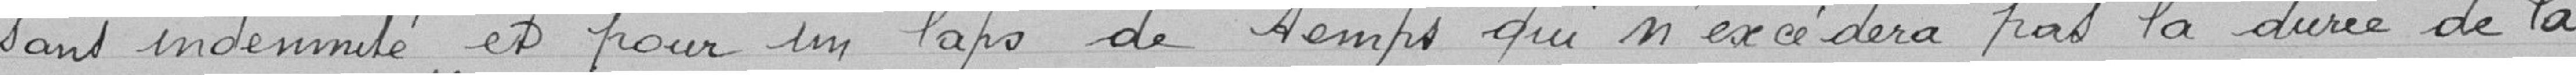
sans indemnité et pour un laps de temps qui n'excédera pas la durée de la